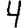
Digit: 4